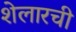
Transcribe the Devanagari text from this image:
शेलारची